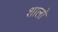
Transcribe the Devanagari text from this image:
शालो